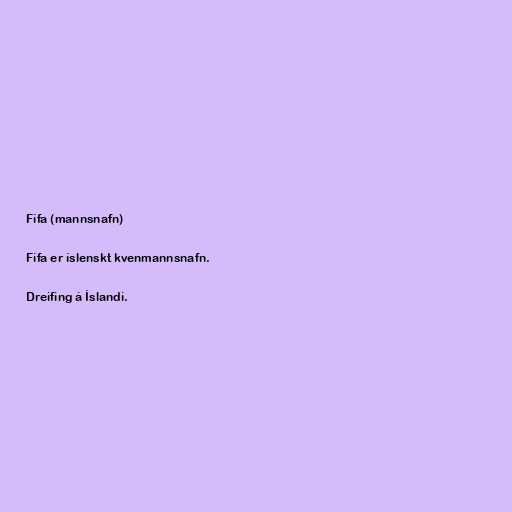
Fífa (mannsnafn)

Fífa er íslenskt kvenmannsnafn.

Dreifing á Íslandi.